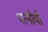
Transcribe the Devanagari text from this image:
पत्नीयो